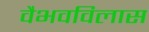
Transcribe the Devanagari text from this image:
वैभवविलास